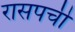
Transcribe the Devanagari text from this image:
रासपची